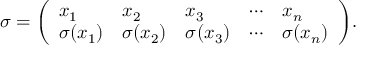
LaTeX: \sigma = { \left( \begin{array} { l l l l l } { x _ { 1 } } & { x _ { 2 } } & { x _ { 3 } } & { \cdots } & { x _ { n } } \\ { \sigma ( x _ { 1 } ) } & { \sigma ( x _ { 2 } ) } & { \sigma ( x _ { 3 } ) } & { \cdots } & { \sigma ( x _ { n } ) } \end{array} \right) } .